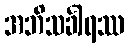
အဘိသင်္ခါရဿ